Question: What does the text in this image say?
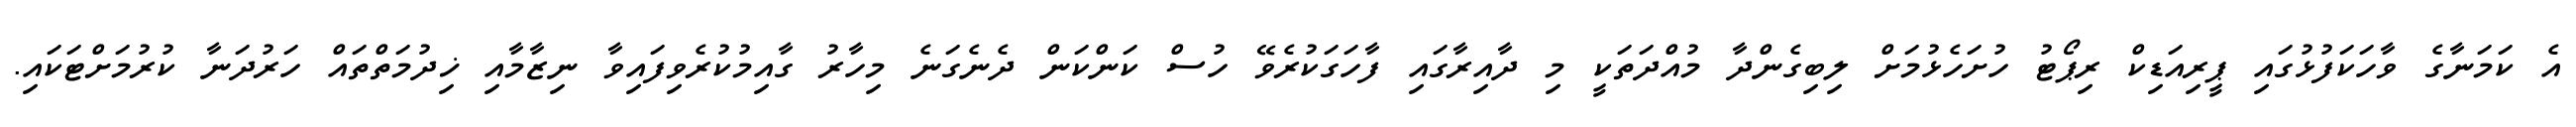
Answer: އެ ކަމަނާގެ ވާހަކަފުޅުގައި ޕީރިއަޑިކް ރިޕޯޓު ހުށަހެޅުމަށް ލިބިގެންދާ މުއްދަތަކީ މި ދާއިރާގައި ފާހަގަކުރެވޭ ހުސް ކަންކަން ދެނެގަނެ މިހާރު ގާއިމުކުރެވިފައިވާ ނިޒާމާއި ޚިދުމަތްތައް ހަރުދަނާ ކުރުމަށްޓަކައި.